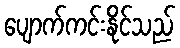
ပျောက်ကင်းနိုင်သည်